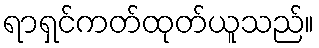
ရာရှင်ကတ်ထုတ်ယူသည်။